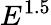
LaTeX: E^{1.5}